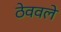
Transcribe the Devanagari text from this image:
ठेववले